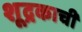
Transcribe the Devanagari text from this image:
शूद्रकाची